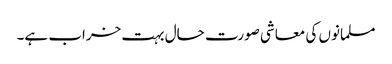
مسلمانوں کی معاشی صورت حال بہت خراب ہے۔